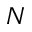
N